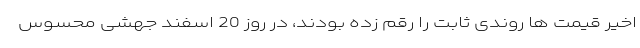
اخیر قیمت ها روندی ثابت را رقم زده بودند، در روز 20 اسفند جهشی محسوس